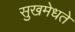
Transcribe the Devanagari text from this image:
सुखमेधते